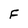
Character: F